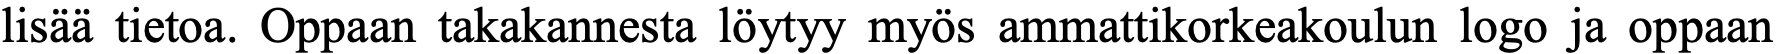
lisää tietoa. Oppaan takakannesta löytyy myös ammattikorkeakoulun logo ja oppaan